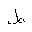
Letter: _da